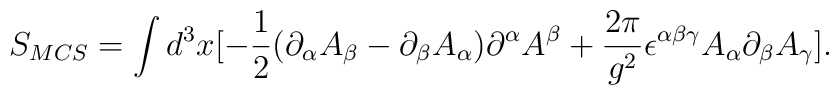
S_{MCS}=\int d^{3}x[-\frac{1}{2}(\partial_{\alpha}A_{\beta}-\partial_{\beta}A_{\alpha})\partial^{\alpha}A^{\beta}+\frac{2\pi}{g^2}\epsilon^{\alpha\beta\gamma}A_{\alpha}\partial_{\beta}A_{\gamma}].